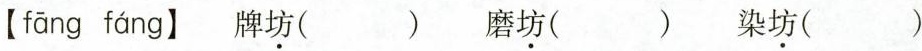
【fang fang】 牌坊（ ） 磨坊（ ） 染坊（ ）